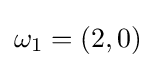
\omega _{1}=(2,0)